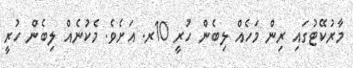
މާރުކޭޓުގައި ރިން މަހެއް ލިބެން ހުރީ 10ރ. އަށެވެ. މެކުނެއް ލިބެން ހުރީ